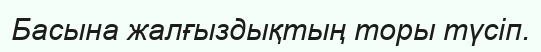
Басына жалғыздықтың торы түсіп.